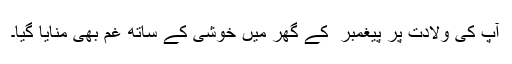
آپ کی ولادت پر پیغمبر ۖ کے گھر میں خوشی کے ساتھ غم بھی منایا گیا۔